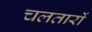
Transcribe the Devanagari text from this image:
चलतारों